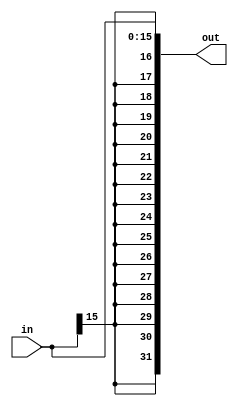
`timescale 1ns / 1ps

module SigExt16_32( 
    input [15:0] in,
    output [31:0] out
    ); 

    assign out={{16{in[15]}},in};
    
endmodule